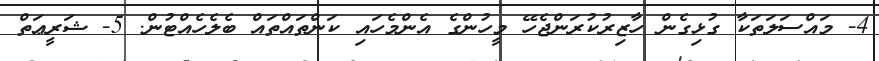
4- މައްސަލަތަކާ ގުޅިގެން ހާޒިރުކުރަންޖެހޭ މީހުންގެ އެންމެހައި ކަންތައްތައް ބެލެހެއްޓުން. 5- ޝަރީޢަތް